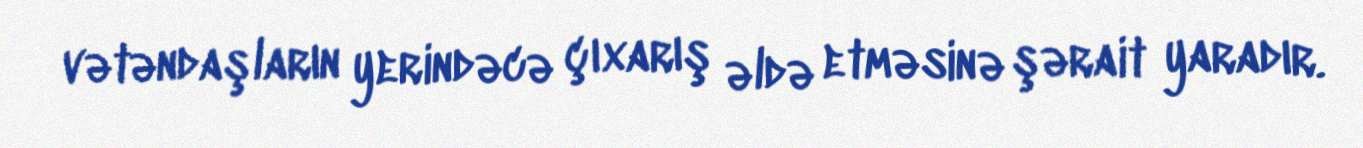
vətəndaşların yerindəcə çıxarış əldə etməsinə şərait yaradır.